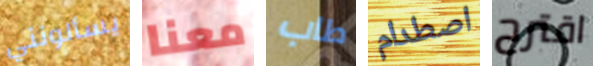
يسألونني معنا طاب اصطدام اقترح